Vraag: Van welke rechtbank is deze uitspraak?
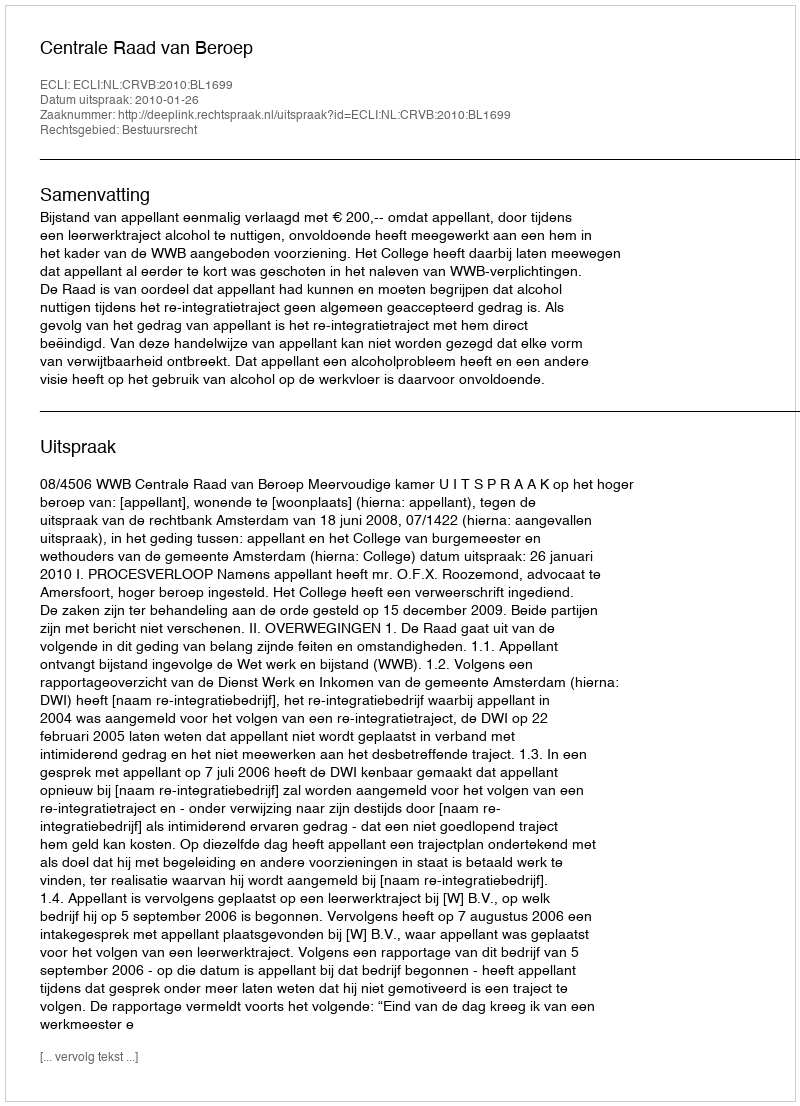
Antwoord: Centrale Raad van Beroep